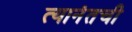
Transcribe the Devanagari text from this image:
त्यानंतची